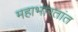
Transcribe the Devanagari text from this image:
महाभारतांत